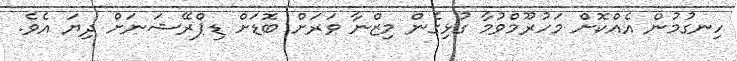
ހިނގުމުން އެއްކޮށް މަހުރޫމްވުމާ ގުޅިގެން މިޒްނާ ވަރަށް ބޮޑަށް ޑިޕްރޭޝަނަށް ދިޔަ އެވެ.